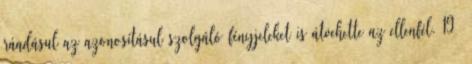
ráadásul az azonosításul szolgáló fényjeleket is átvehette az ellenfél. 19